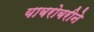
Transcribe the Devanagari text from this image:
याबरोबरीने